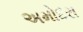
અમોદરા